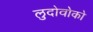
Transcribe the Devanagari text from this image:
लुदोवोको